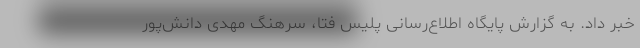
خبر داد. به گزارش پایگاه اطلاع‌رسانی پلیس فتا، سرهنگ مهدی دانش‌پور